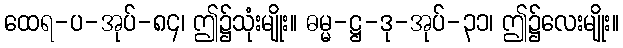
ထေရ-ပ-အုပ်-၈၄၊ ဤ၌သုံးမျိုး။ ဓမ္မ-ဋ္ဌ-ဒု-အုပ်-၃၁၊ ဤ၌လေးမျိုး။